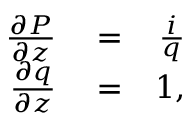
\begin{array} { r l r } { \frac { \partial P } { \partial z } } & { { } = } & { \frac { i } { q } } \\ { \frac { \partial q } { \partial z } } & { { } = } & { 1 , } \end{array}